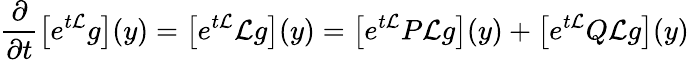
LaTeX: \frac{\partial}{\partial t}\left[e^{t{\cal L}}g\right](y)=\left[e^{t{\cal L}}{\cal L}g\right](y)=\left[e^{t{\cal L}}P{\cal L}g\right](y)+\left[e^{t{\cal L}}Q{\cal L}g\right](y)